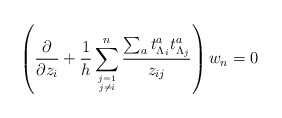
\begin{align*}\left({\partial\over\partial z_i} +{1 \over h} \sum^n_{j=1\atop j\not= i} { \sum_{a} t^a_{\Lambda_i} t^a_{\Lambda_j} \over z_{ij}} \right) w_n=0 \ \end{align*}